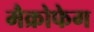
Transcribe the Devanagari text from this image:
मैक्रोफेग